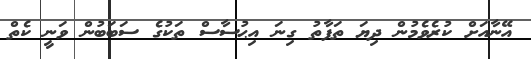
އޭނާއަށް ކުރެވެމުން ދިޔަ ތަފާތު ގިނަ އިޙުސާސް ތަކުގެ ސަބަބުން ވަނީ ކެތް